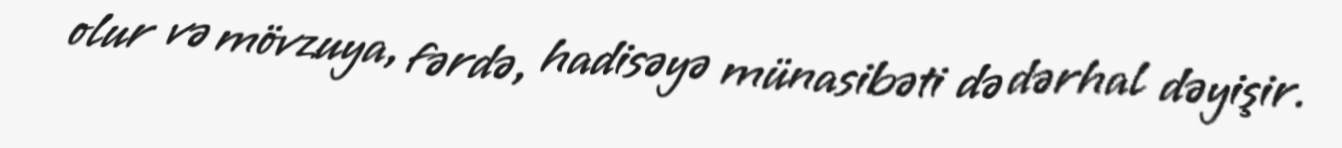
olur və mövzuya, fərdə, hadisəyə münasibəti də dərhal dəyişir.